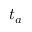
t _ { a }